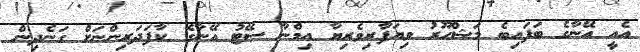
އެއީ އޭނާގެ ބަފައިބެ މަޝްހޫރު ވިޔަފާރިވެރިޔާ އިމްނާ ސޭޓު އޭނާގެ ކާފަދަރިންނަށް ގަނެދިން